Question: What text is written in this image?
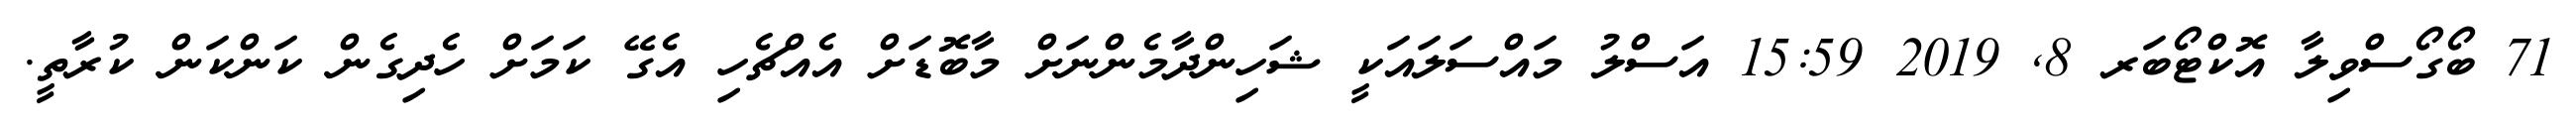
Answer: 71 ބޯގޯސްވިލާ އޮކްޓޯބަރ 8, 2019 15:59 އަސްލު މައްސަލައަކީ ޝަހިންދާމެންނަށް މާބޮޑަށް އެއްޗެހި އެގޭ ކަމަށް ހެދިގެން ކަންކަން ކުރާތީ.